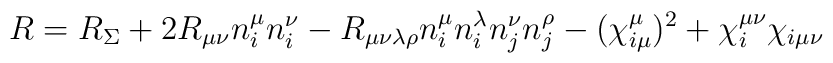
R=R_{\Sigma}+2R_{\mu\nu}n^{\mu}_in^{\nu}_i-R_{\mu\nu\lambda\rho}n^{\mu}_in^{\lambda}_in^{\nu}_jn^{\rho}_j-(\chi _{i\mu}^{\mu})^2+\chi _i^{\mu\nu}\chi _{i\mu\nu}